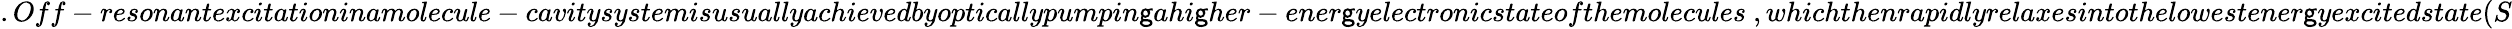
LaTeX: .Off-resonantexcitationinamolecule-cavitysystemisusuallyachievedbyopticallypumpin\mathsf{g}ahi\mathsf{g}her-ener\mathsf{g}yelectronicstateofthemolecules~,whichthenrapidlyrelaxesintothelowestener\mathsf{g}yexcitedstate(S